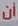
أن